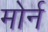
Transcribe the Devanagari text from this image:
मोर्न